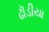
ઢૉડીયા